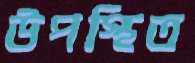
উপস্থিত